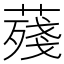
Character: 𦺐